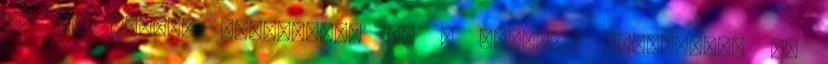
5. Az ötödik alászállás 6. A hatodik alászállás 7.